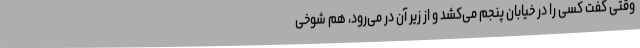
وقتی گفت کسی را در خیابان پنجم می‌کشد و از زیر آن در می‌رود، هم شوخی